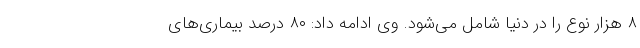
۸ هزار نوع را در دنیا شامل می‌شود. وی ادامه داد: ۸۰ درصد بیماری‌های